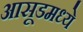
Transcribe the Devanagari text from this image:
आसूडमध्ये